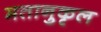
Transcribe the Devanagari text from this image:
मतानुकृल